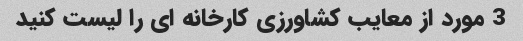
3 مورد از معایب کشاورزی کارخانه ای را لیست کنید